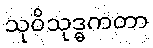
သုဝိသုဒ္ဓကတာ